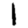
Digit: 1